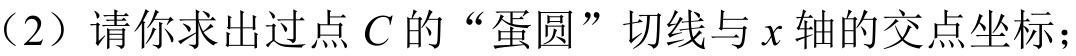
（2）请你求出过点\(C\)的“蛋圆”切线与\(x\)轴的交点坐标；